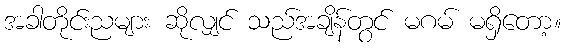
အခါတိုင်းညများ ဆိုလျှင် သည်အချိန်တွင် မဂမ် မရှိတော့။